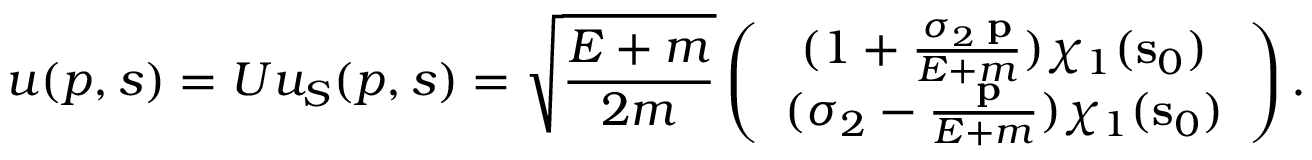
u ( p , s ) = U u _ { S } ( p , s ) = \sqrt { { \frac { E + m } { 2 m } } } \left( \begin{array} { c } { { ( 1 + { \frac { \sigma _ { 2 } { \bf \sigma p } } { E + m } } ) \chi _ { 1 } ( { \bf s } _ { 0 } ) } } \\ { { ( \sigma _ { 2 } - { \frac { \bf \sigma p } { E + m } } ) \chi _ { 1 } ( { \bf s } _ { 0 } ) } } \end{array} \right) .